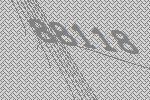
88118